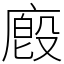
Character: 廏